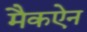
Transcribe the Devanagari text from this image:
मैकऐन